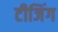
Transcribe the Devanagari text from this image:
टीजिंग